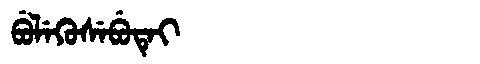
Manchu: ᠪᡠᠯᡝᡴᡠᠰᡝᠪᡠᡨᡝᡳ
Romanization: BULEKUSEBUTEI